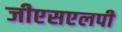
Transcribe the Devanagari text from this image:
जीएसएलपी